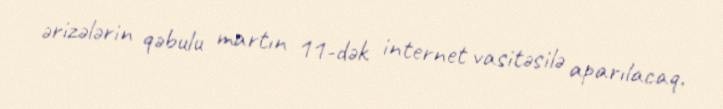
ərizələrin qəbulu martın 11-dək internet vasitəsilə aparılacaq.